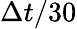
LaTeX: \Delta t/30